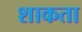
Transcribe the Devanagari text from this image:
शाकता